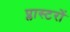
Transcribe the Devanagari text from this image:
प्लास्टरों